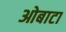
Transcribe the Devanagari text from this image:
ओबाटा